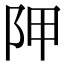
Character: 𨸺